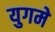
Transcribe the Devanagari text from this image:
युगमे